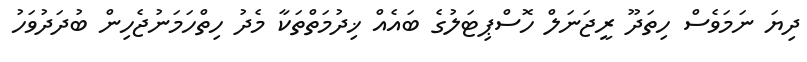
ދިޔަ ނަމަވެސް ހިތަދޫ ރީޖަނަލް ހޮސްޕިޓަލުގެ ބައެއް ޚިދުމަތްތަކާ މެދު ހިތްހަމަނުޖެހިން ބުދަދުވަހު